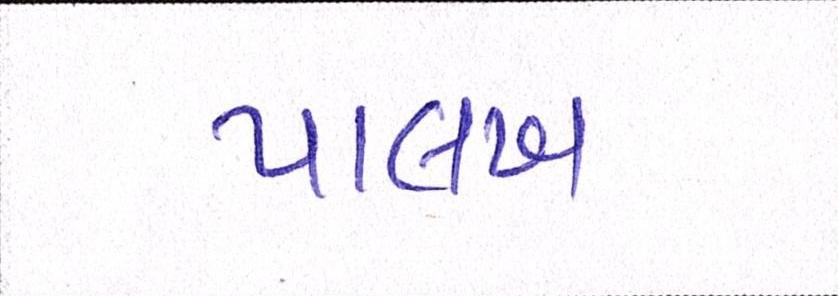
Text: પાલખ